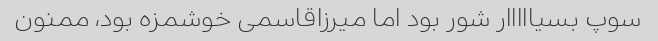
سوپ بسیااااار شور بود اما میرزاقاسمی خوشمزه بود، ممنون